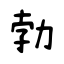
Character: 勃